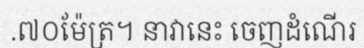
.៧០ម៉ែត្រ។ នាវានេះ ចេញដំណើរ